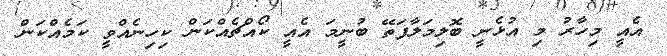
އެއީ މިހާރު މި އުޅެނީ ބޮލިމަލާފަތޭ ބުނީމަ އެއީ ކޯއްޗެއްކަން ކިހިނެއްވީ ކަމެއްކަން